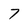
Character: 7